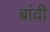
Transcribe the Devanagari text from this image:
बांवी